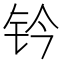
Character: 钤